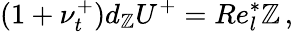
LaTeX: (1+\nu_{t}^{+})d_{\mathbb{Z}}{U}^{+}=Re_{l}^{*}\mathbb{Z}\, ,